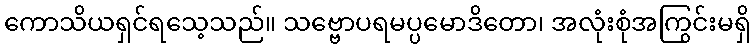
ကောသိယရှင်ရသေ့သည်။ သဗ္ဗောပရမပ္ပမောဒိတော၊ အလုံးစုံအကြွင်းမရှိ